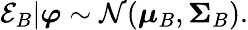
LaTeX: \mathcal{E}_{B}|\boldsymbol{\varphi}\sim\mathcal{N}(\boldsymbol\mu_{B},\boldsymbol{\Sigma}_{B}).